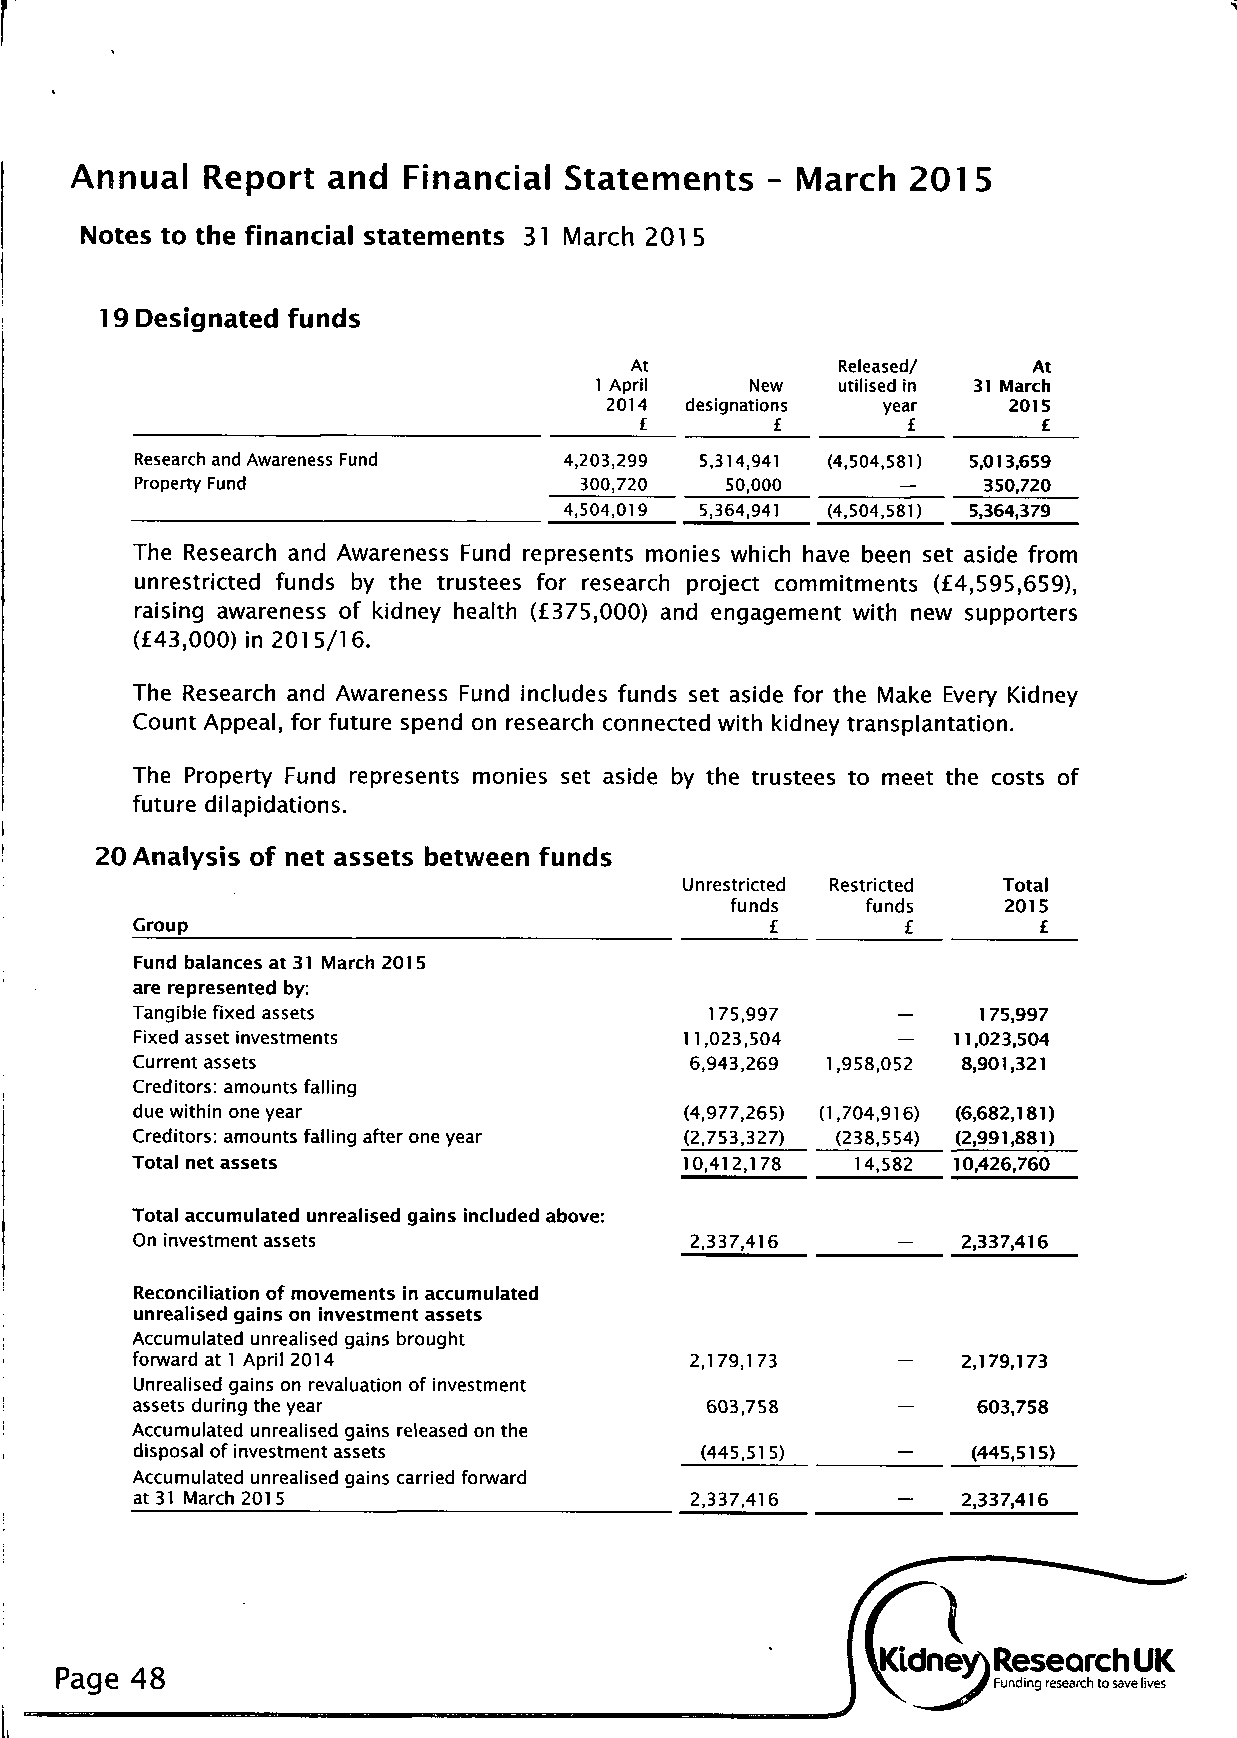
Annual  Report   and  Financial Statements   - March   201 5
 Notes to the financial statements 31 March 201 5
 19 Designated funds
 At           Released/    At
 1 April    New  utilised in 31 March
 2014 designations year     2015
 £        £        £        £
 Research and Awareness Fund 4,203,299 5,314,941 (4,504,581) 5,013,659
 Property Fund                300,720   50,000      —    350,720
 4,504,019 5,364,941 (4,504,581) 5,364,379
 The Research and Awareness Fund represents monies which have been set aside from
 unrestricted funds by the trustees for research project commitments (£4,595,659),
 raising awareness of kidney health (£375,000) and engagement with new supporters
 (£43,000) in 2015/16.
 The Research and Awareness Fund includes funds set aside for the Make Every Kidney
 Count Appeal, for future spend on research connected with kidney transplantation.
 The Property Fund represents monies set aside by the trustees to meet the costs of
 future dilapidations.
 Analysis of net assets between funds
 Unrestricted Restricted Total
 funds    funds     2015
 Group                                     £        £        £
 Fund balances at 31 March 2015
 are represented by:
 Tangible fixed assets                 175,997     —     175,997
 Fixed asset investments             1 1,023,504   —   11,023,504
 Current assets                       6,943,269 1,958,052 8,901,321
 Creditors: amounts falling
 due within one year                 (4,977,265) (1,704,916) (6,682,181)
 Creditors: amounts falling after one year (2,753,327) (238,554) (2,991,881)
 Total net assets                    10,412,178  14,582 10,426,760
 Total accumulated unrealised gains included above:
 On investment assets                 2,337,416    —    2,337,416
 Reconciliation of movements in accumulated
 unrealised gains on investment assets
 Accumulated unrealised gains brought
 forward at 1 April 2014              2,179,173    —    2,179,173
 Unrealised gains on revaluation of investment
 assets during the year                603,758     —     603,758
 Accumulated unrealised gains released on the
 disposal of investment assets        (445,51 5)        (445,515)
 Accumulated unrealised gains carried forward
 at 31 March 2015                     2,337,416         2,337,416
 Page 48